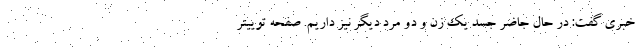
خبری گفت: در حال جاضر جسد یک زن و دو مرد دیگر نیز داریم. صفحه توییتر